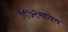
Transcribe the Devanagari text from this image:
१९७२मध्येच